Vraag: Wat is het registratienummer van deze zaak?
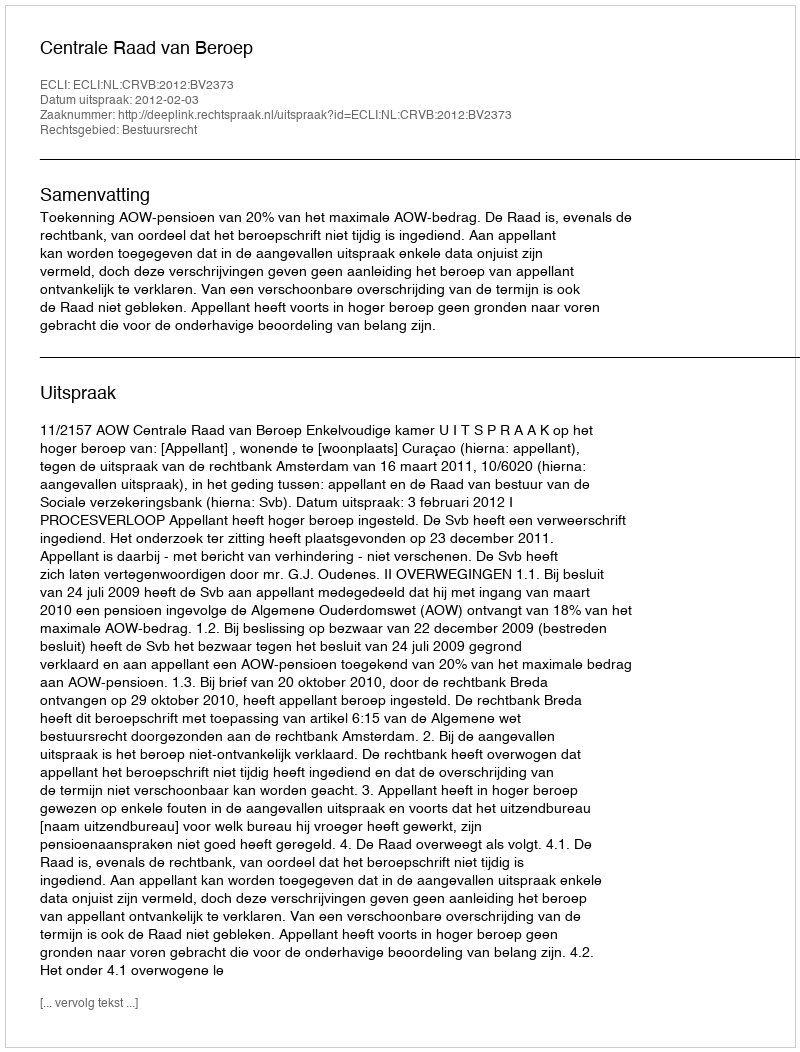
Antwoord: http://deeplink.rechtspraak.nl/uitspraak?id=ECLI:NL:CRVB:2012:BV2373